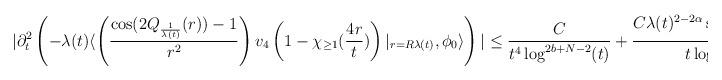
LaTeX: \begin{align*} |\partial_{t}^{2}\left(-\lambda(t) \langle \left(\frac{\cos(2Q_{\frac{1}{\lambda(t)}}(r))-1}{r^{2}}\right)v_{4}\left(1-\chi_{\geq 1}(\frac{4r}{t})\right)\vert_{r=R\lambda(t)},\phi_{0}\rangle\right)| \leq \frac{C}{t^{4} \log^{2b+N-2}(t)} + \frac{C \lambda(t)^{2-2\alpha} \sup_{x \geq t} \left(\frac{|e''''(x)| x}{\lambda(x)^{2-2\alpha}}\right)}{t \log^{b-3+N}(t)} \end{align*}